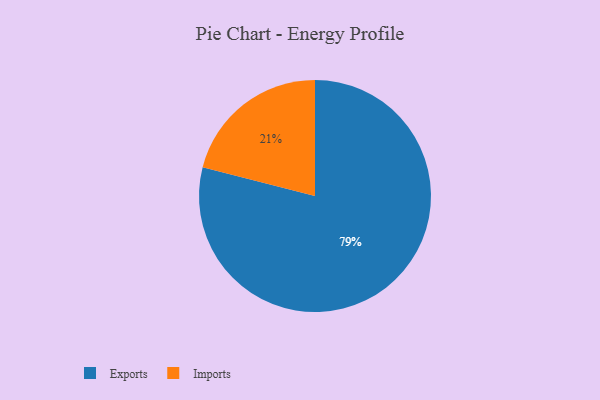
{"axis": {"x": "Category", "y": "Percentage"}, "legend": ["Exports", "Imports"], "data": [{"x": "Imports", "y": 21, "type": "Imports"}, {"x": "Exports", "y": 79, "type": "Exports"}]}